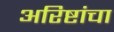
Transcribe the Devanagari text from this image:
अरिष्टांचा